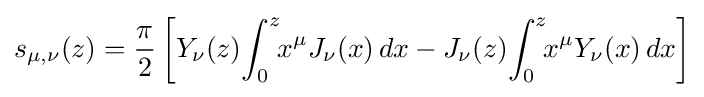
s_{\mu ,\nu }(z)={\frac {\pi }{2}}\left[Y_{\nu }(z)\!\int _{0}^{z}\!\!x^{\mu }J_{\nu }(x)\,dx-J_{\nu }(z)\!\int _{0}^{z}\!\!x^{\mu }Y_{\nu }(x)\,dx\right]